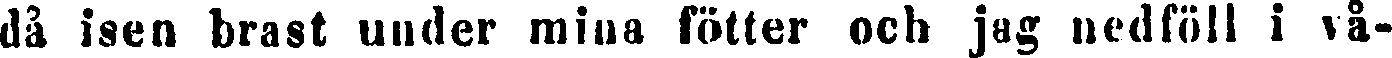
då isen brast under mina fötter och jag nedföll i vå-